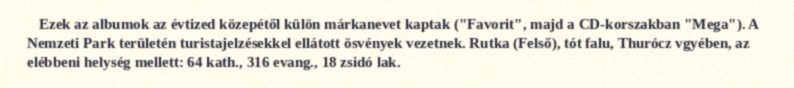
Ezek az albumok az évtized közepétől külön márkanevet kaptak ("Favorit", majd a CD-korszakban "Mega"). A Nemzeti Park területén turistajelzésekkel ellátott ösvények vezetnek. Rutka (Felső), tót falu, Thurócz vgyében, az elébbeni helység mellett: 64 kath., 316 evang., 18 zsidó lak.